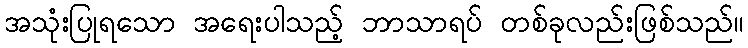
အသုံးပြုရသော အရေးပါသည့် ဘာသာရပ် တစ်ခုလည်းဖြစ်သည်။